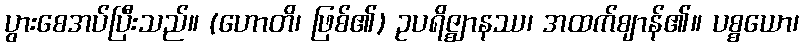
ပွားစေအပ်ပြီးသည်။ (ဟောတိ၊ ဖြစ်၏) ဥပရိဇ္ဈာနဿ၊ အထက်ဈာန်၏။ ပစ္စယော၊